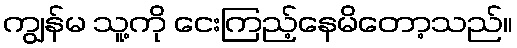
ကျွန်မ သူ့ကို ငေးကြည့်နေမိတော့သည်။